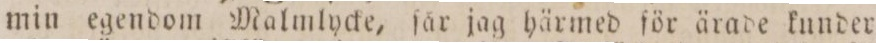
min egendom Malmlycke, ſår jag härmed för ärade kunder